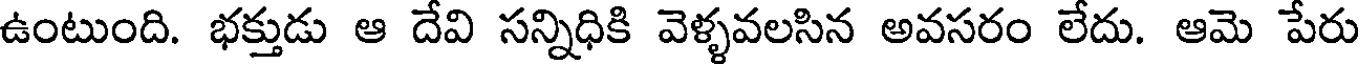
ఉంటుంది. భక్తుడు ఆ దేవి సన్నిధికి వెళ్ళవలసిన అవసరం లేదు. ఆమె పేరు